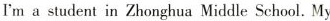
I'ma student in Zhonghua Middle School. My